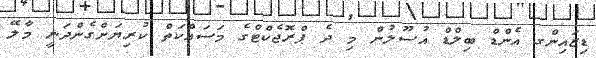
ޑިޒައިންގ އެންޑް ބިލްޑް އުސޫލުން މި ދެ ޕްރޮޖެކްޓްގެ މަސައްކަތް ކުރިޔަށްގެންދަނީ މާލޭ